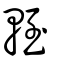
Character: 輊